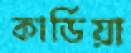
কার্ডিয়া